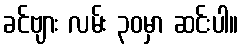
ခင်ဗျား လမ်း ၃၀မှာ ဆင်းပါ။